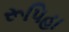
રૂપિહા